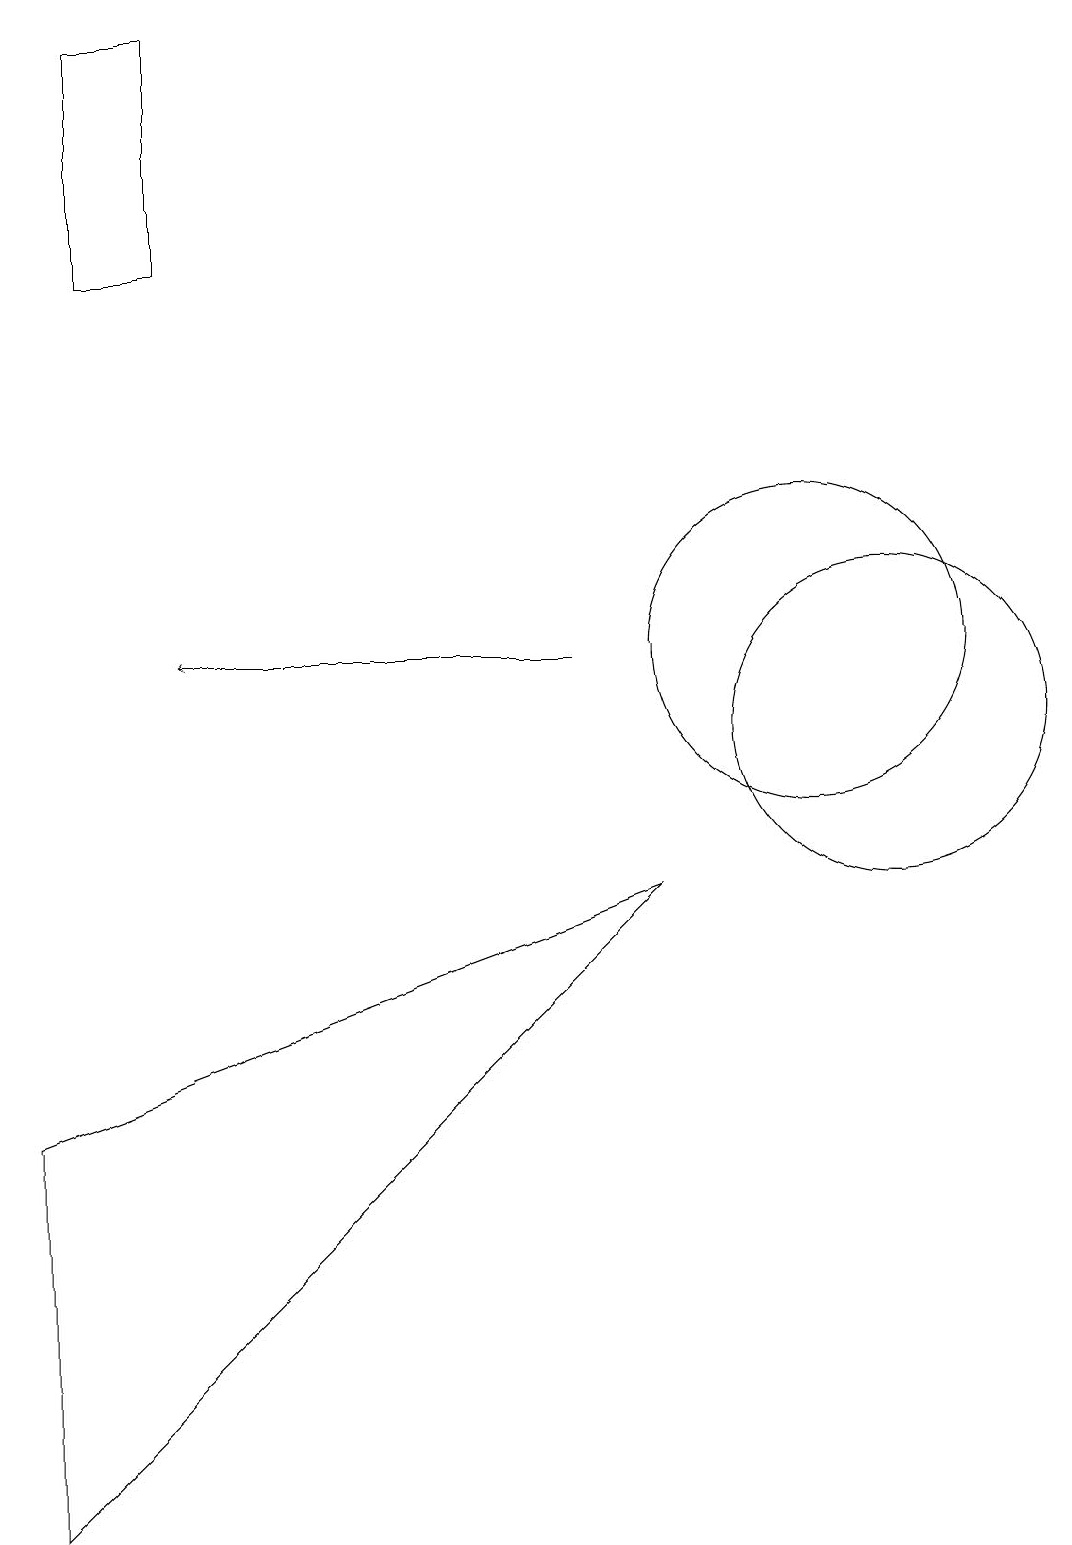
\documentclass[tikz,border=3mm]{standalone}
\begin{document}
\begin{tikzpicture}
\draw (11,10) circle (2);
\draw (0,0) -- (8,8) -- (0,5) -- cycle;
\draw (1,19) rectangle (2,16);
\draw[->] (7,11) -- (2,11);
\draw (10,11) circle (2);
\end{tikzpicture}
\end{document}